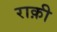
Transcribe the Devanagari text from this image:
राक़ी